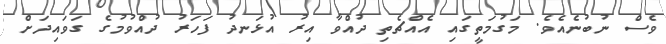
ވެސް ނުބުނެއެވެ. މަގުމަތީގައި އެއްޗެތި ދުއްވާ އިރު އުޅަނދު ފަހަރު ދުއްވުމުގެ ގަވައިދަށް